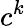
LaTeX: c^{k}